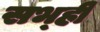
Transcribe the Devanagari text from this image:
सभ्ही